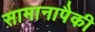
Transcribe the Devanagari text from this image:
सामानापैकी